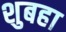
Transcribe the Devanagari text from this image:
शुबहा